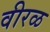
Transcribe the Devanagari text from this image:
वीरळ